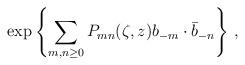
LaTeX: \begin{align*}\exp\left\{\sum_{m,n\geq 0}P_{mn}(\zeta,z)b_{-m}\cdot\bar b_{-n}\right\}\,,\end{align*}